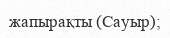
жапырақты (Сауыр);